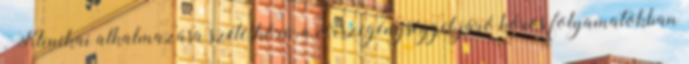
. Klinikai alkalmazása széleskörű, a vérszegénységgel járó kóros folyamatokban